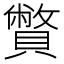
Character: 𧸁